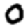
Digit: 0